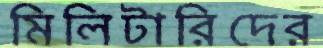
মিলিটারিদের